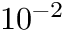
1 0 ^ { - 2 }